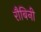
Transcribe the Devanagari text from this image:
रौबिनी